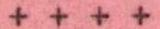
++++